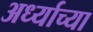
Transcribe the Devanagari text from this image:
अर्ध्याच्या